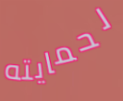
لحمايته